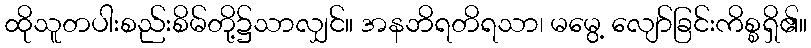
ထိုသူတပါးစည်းစိမ်တို့၌သာလျှင်။ အနဘိရတိရသာ၊ မမွေ့ လျော်ခြင်းကိစ္စရှိ၏။